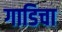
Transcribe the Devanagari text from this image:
गाडिचा